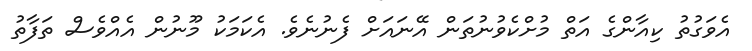
އެވަގުތު ކިއާންގެ އަތް މުށްކެވުނުތަން އޭނައަށް ފެނުނެވެ. އެކަމަކު މޫނުން އެއްވެސް ތަފާތު